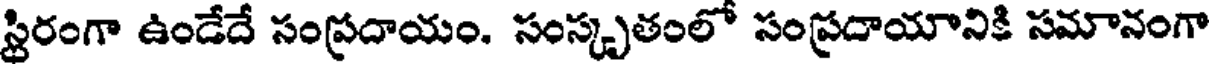
స్టిరంగా ఉండేదే సంప్రదాయం. సంస్కృతంలో సంప్రదాయానికి సమానంగా